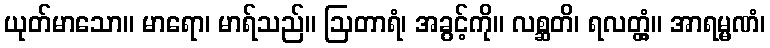
ယုတ်မာသော။ မာရော၊ မာရ်သည်။ ဩတာရံ၊ အခွင့်ကို။ လစ္ဆတိ၊ ရလတ္တံ့။ အာရမ္မဏံ၊